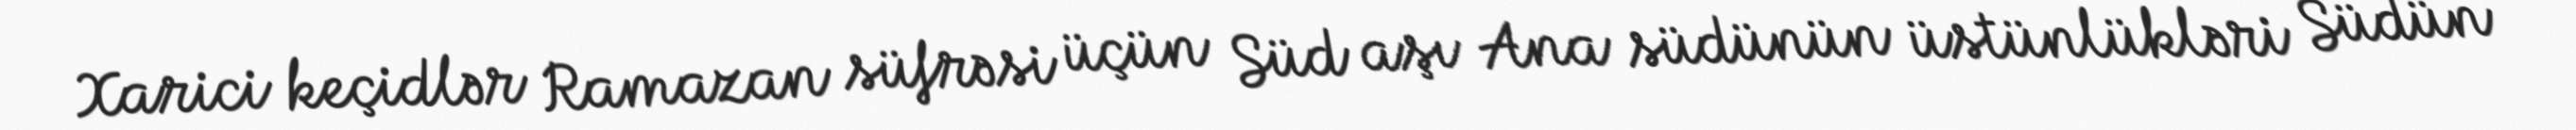
Xarici keçidlər Ramazan süfrəsi üçün Süd aşı Ana südünün üstünlükləri Südün